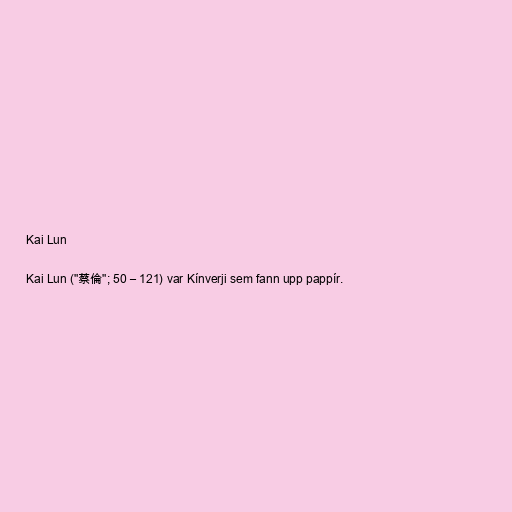
Kai Lun

Kai Lun ("蔡倫"; 50 – 121) var Kínverji sem fann upp pappír.